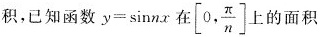
积，已知函数 $$y = \sin n x$$在 \left [ 0 , \frac { π } { n } \right ] 的面积